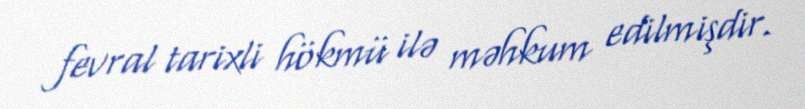
fevral tarixli hökmü ilə məhkum edilmişdir.